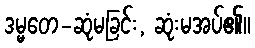
ဒမ္မတေ-ဆုံမခြင်း, ဆုံးမအပ်၏။